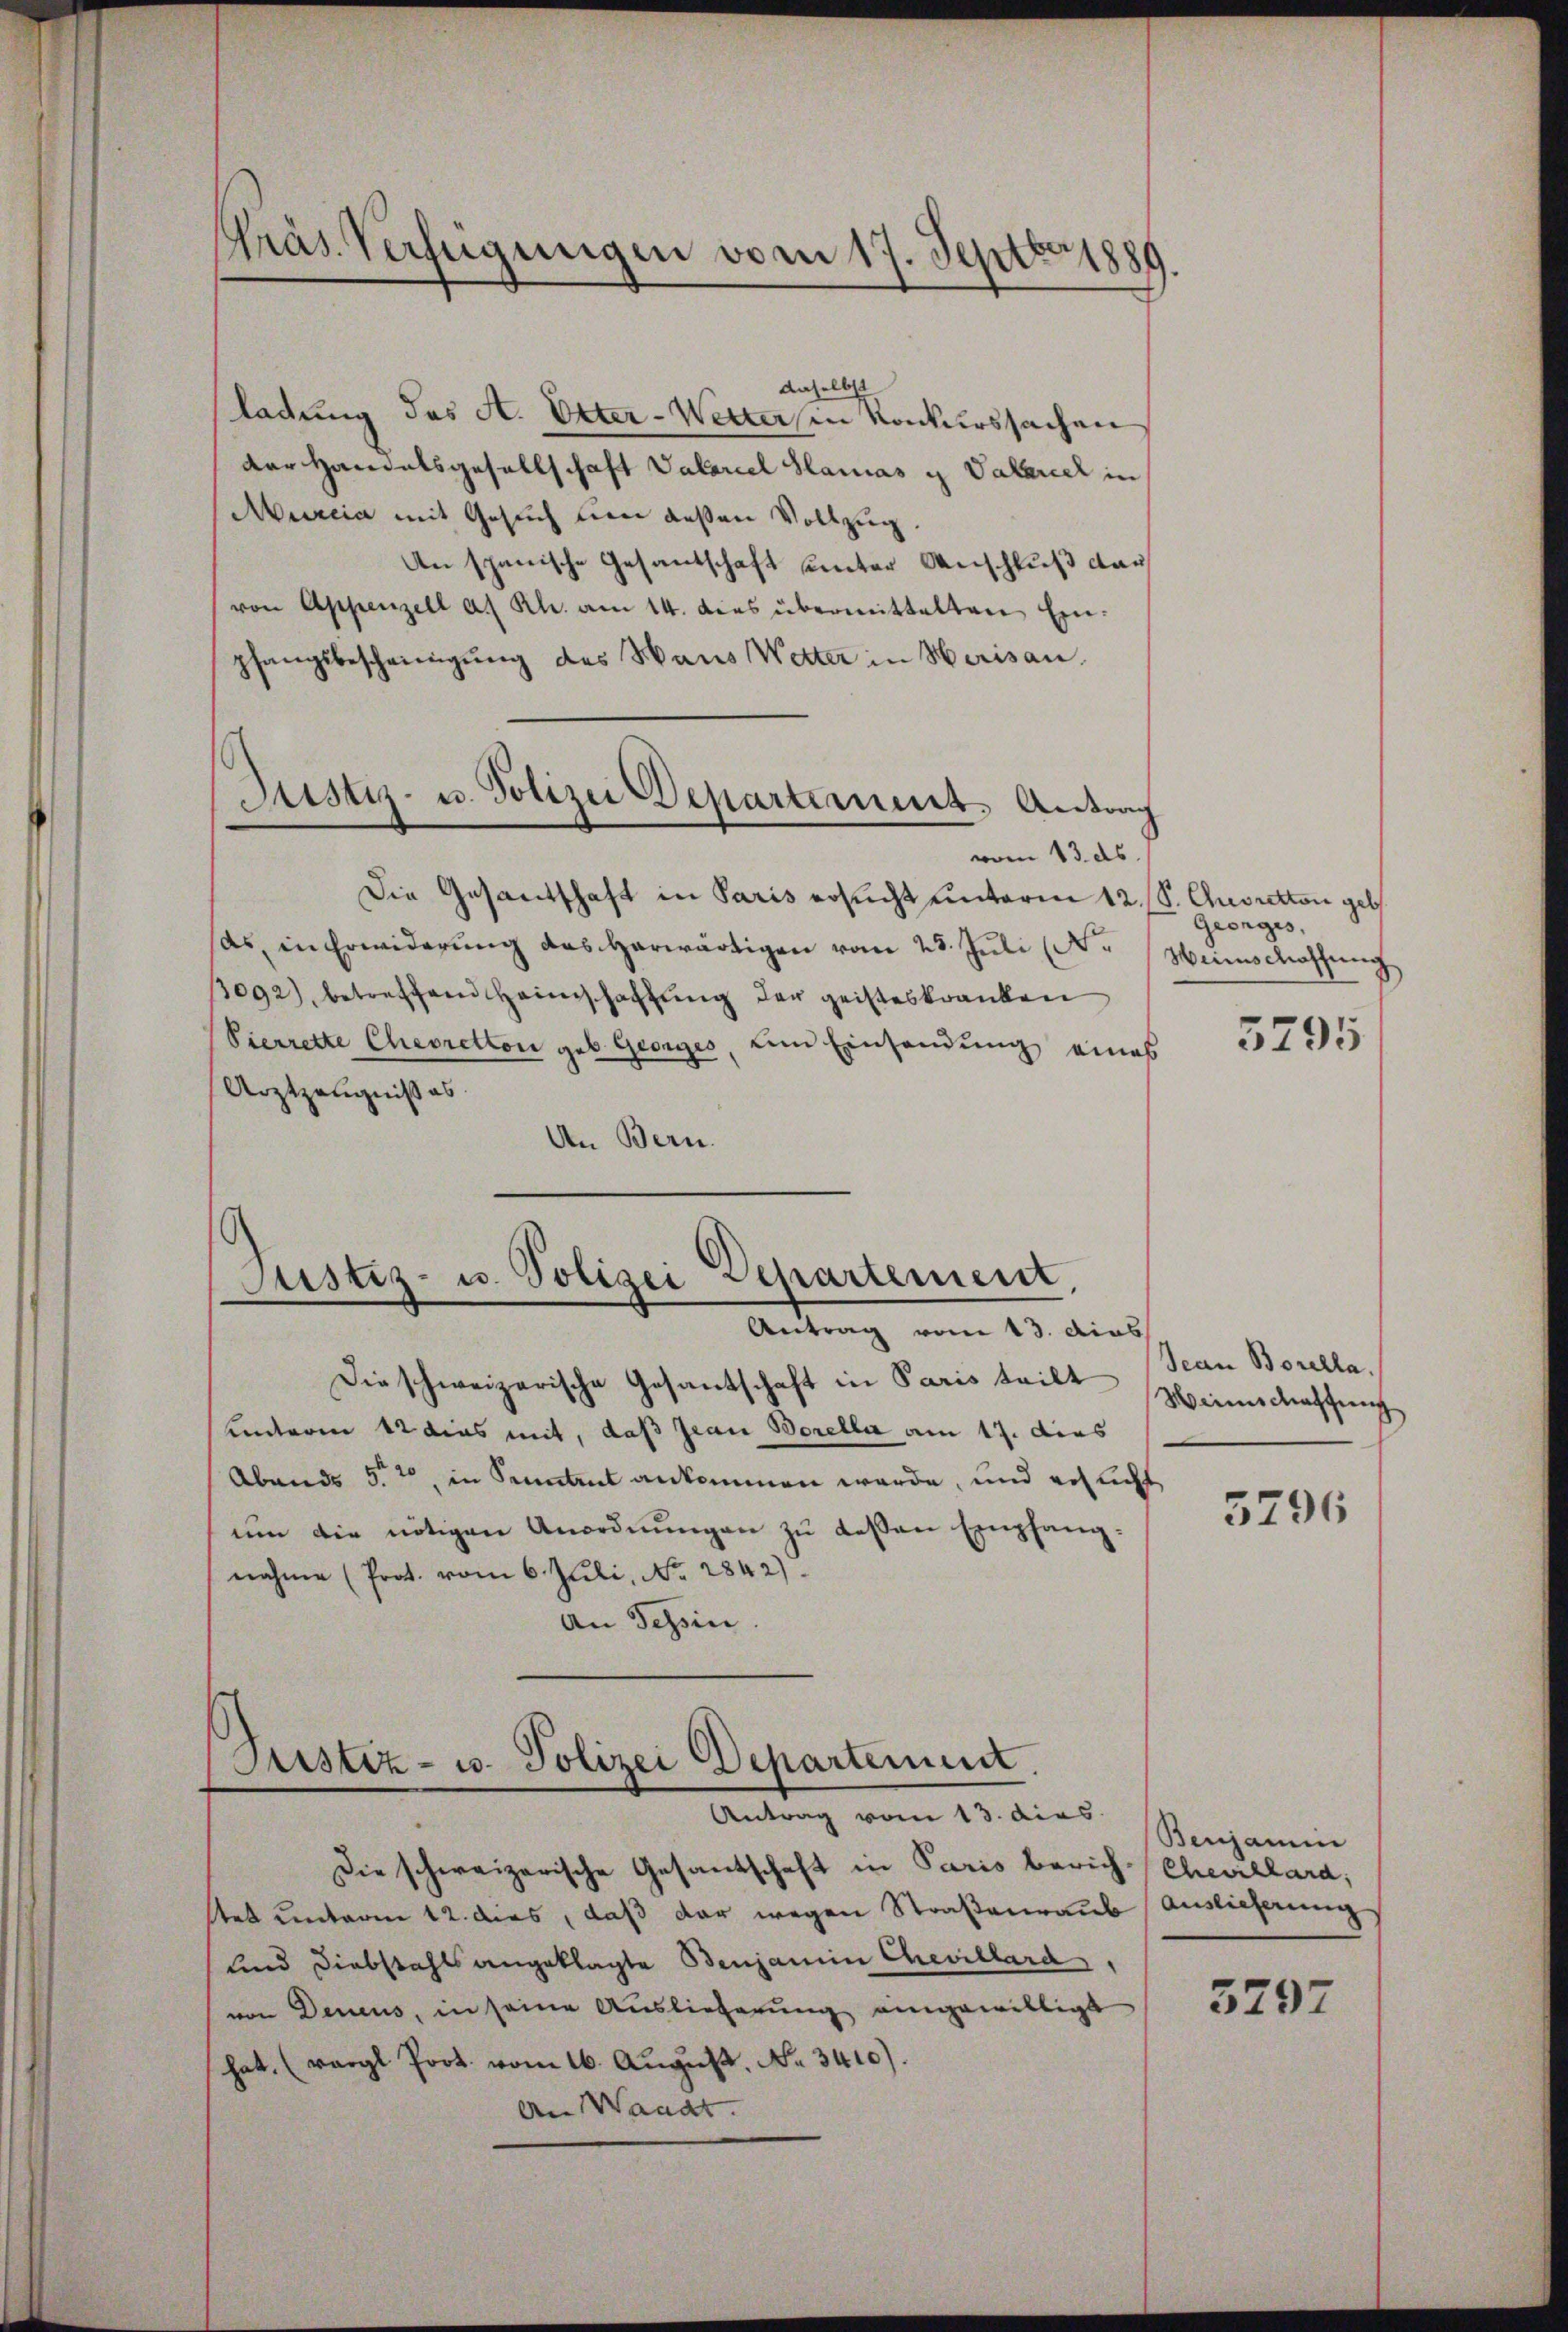
Präs. Verfügungen vom 17. Septbr 1889

ladung des A. Otter-Wetters in Konkurssachen
der Handelsgesellschaft Valariel Glanas u. Vaterier in
Murcia mit Gesuch den deßen Vollzug.
An spanische Gesantschaft unter Anschluß darvon Appenzell a. Rh. am 14. dies übermittelten Einpfangsbescheinigung des Haus Wetter in Herisau.
Justiz- u. Polizei Departement. Antrag
vom 13. ds.
Die Gesantschaft in Paris ersucht unterm 12. S. Choretton geb.
as, in Erwiderung das herwärtigen vom 23. Juli (N.
3092), betreffend Heimschaftung der geisteskranken
Pierrette Cheoretton geb. Georges, um Einsendung eines
Arztzeugniß es.
An Bern.

daselbst

Justiz- u. Polizei Departement,
Antrag vom 13. dies

Die schweizerische Gesantschaft in Paris teilt
unterm 12 dies mit, daß Jean Borella am 17. dies
Abends 5. 10, in Sentent ankommen werde, und ersucht
ŭm die nötigen Anordnŭngen zu deßen Empfang
nahme (Prot. vom 6. Juli, No. 2842).
An Tessin.

Justiz- u. Polizei Departement.
Antrag vom 13. dies

Die schweizerische Gesandschaft in Paris berich-Chevillard,
stet unterm 12. dies, daß der wegen Straßenraub Auslieferung
und Diebstahls angeklagte Benjamin Chevillard
von Denius, in seine Auslieferung eingewilligt
hat. (vergl Prot. vom 16. Aŭgŭst No. 3410).
An Waadt.

Georges,
Hirnschaffung

5795

Jean Borella.
Winschaffung

5796

Benjamin

3797